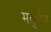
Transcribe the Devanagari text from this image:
मतुर्भञ